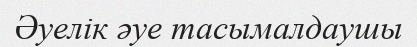
Әуелік әуе тасымалдаушы